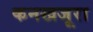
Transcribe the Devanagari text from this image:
कनखजूरा